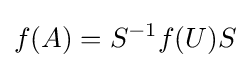
f(A)=S^{-1}f(U)S